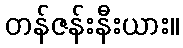
တန်ဇန်းနီးယား။